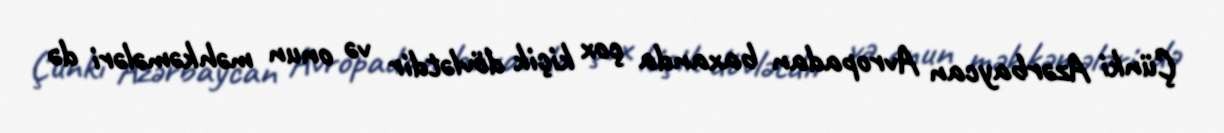
Çünki Azərbaycan Avropadan baxanda çox kiçik dövlətdir və onun məhkəmələri də